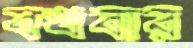
বখবার